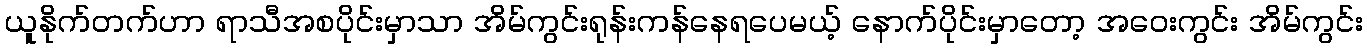
ယူနိုက်တက်ဟာ ရာသီအစပိုင်းမှာသာ အိမ်ကွင်းရုန်းကန်နေရပေမယ့် နောက်ပိုင်းမှာတော့ အဝေးကွင်း အိမ်ကွင်း